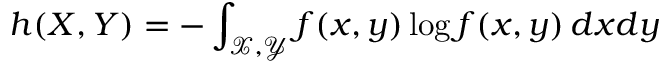
h ( X , Y ) = - \int _ { { \mathcal { X } } , { \mathcal { Y } } } f ( x , y ) \log f ( x , y ) \, d x d y